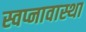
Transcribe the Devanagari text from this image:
स्वप्नावास्था